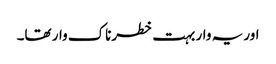
اور یہ وار بہت خطرناک وار تھا۔